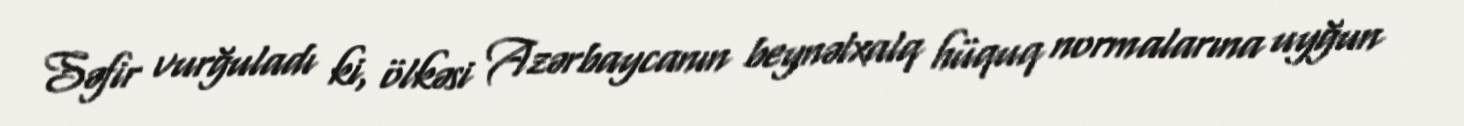
Səfir vurğuladı ki, ölkəsi Azərbaycanın beynəlxalq hüquq normalarına uyğun